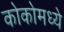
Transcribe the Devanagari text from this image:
कोकोमध्ये